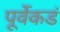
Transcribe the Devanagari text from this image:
पूर्वेकडं